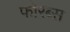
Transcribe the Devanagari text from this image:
फोरब्स